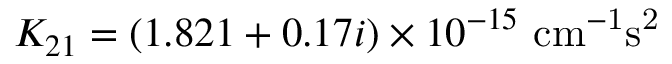
K _ { 2 1 } = ( 1 . 8 2 1 + 0 . 1 7 i ) \times 1 0 ^ { - 1 5 } ~ \mathrm { c m ^ { - 1 } s ^ { 2 } }